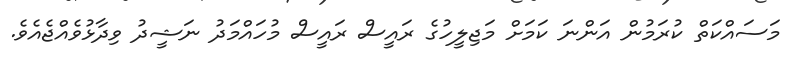
މަސައްކަތް ކުރަމުން އަންނަ ކަމަށް މަޖިލީހުގެ ރައީސް ރައީސް މުހައްމަދު ނަޝީދު ވިދާޅުވެއްޖެއެވެ.